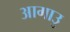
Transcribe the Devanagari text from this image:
आगाउु